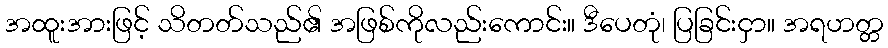
အထူးအားဖြင့် သိတတ်သည်၏ အဖြစ်ကိုလည်းကောင်း။ ဒီပေတုံ၊ ပြခြင်းငှာ။ အရဟတ္တ